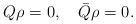
LaTeX: \begin{align*} Q \rho = 0, \quad\bar Q \rho = 0.\end{align*}